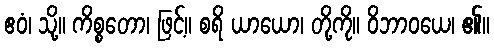
ဧဝံ၊ သို့။ ကိစ္စတော၊ ဖြင့်။ စရိ ယာယော၊ တို့ကို။ ဝိဘာဝယေ၊ ၏။